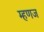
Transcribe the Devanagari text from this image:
म्हणज